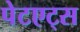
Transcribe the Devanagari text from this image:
पेटएट्स